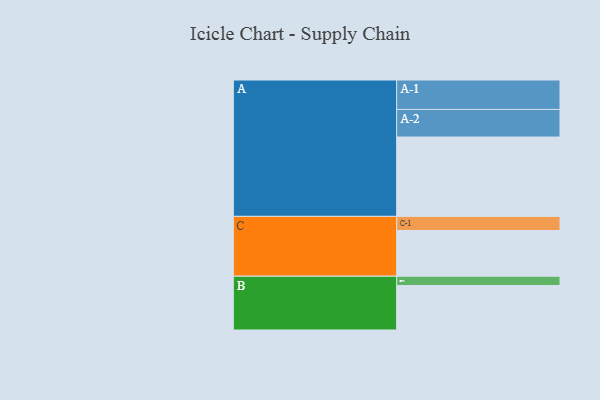
{"axis": {"x": "Segment", "y": "Value"}, "legend": ["", "A", "B", "C"], "data": [{"x": "A", "y": 590, "type": ""}, {"x": "B", "y": 331, "type": ""}, {"x": "C", "y": 340, "type": ""}, {"x": "A-1", "y": 219, "type": "A"}, {"x": "A-2", "y": 205, "type": "A"}, {"x": "B-1", "y": 69, "type": "B"}, {"x": "C-1", "y": 105, "type": "C"}]}